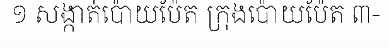
១ សង្កាត់ប៉ោយប៉ែត ក្រុងប៉ោយប៉ែត ៣-